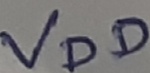
Text: VDD